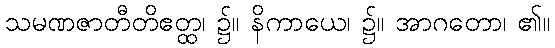
သမဏဇာတီတိဧတ္ထ၊ ၌။ နိကာယေ၊ ၌။ အာဂတော၊ ၏။